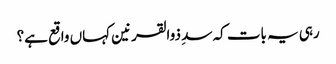
رہی یہ بات کہ سدِ ذوالقرنین کہاں واقع ہے؟